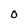
Character: o